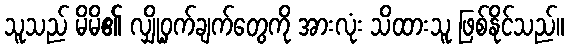
သူသည် မိမိ၏ လျှို့ဝှက်ချက်တွေကို အားလုံး သိထားသူ ဖြစ်နိုင်သည်။